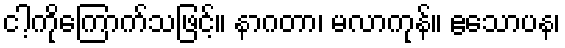
ငါ့ကိုကြောက်သဖြင့်။ နာဂတာ၊ မလာကုန်။ ဧသောပန၊